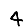
Digit: 4